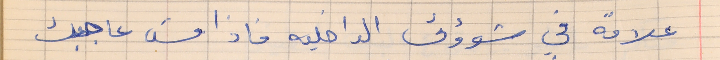
علاقه في شوؤنى الداخليه فاذا مش عاجبك